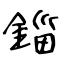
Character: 錙